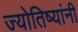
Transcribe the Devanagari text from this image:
ज्योतिष्यांनी